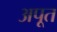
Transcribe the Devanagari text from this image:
अपूत